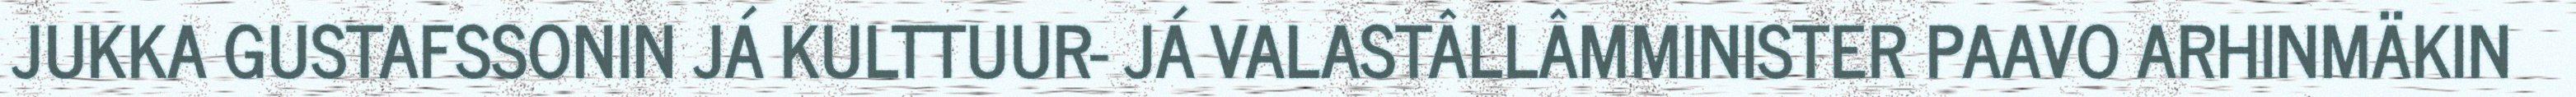
JUKKA GUSTAFSSONIN JÁ KULTTUUR- JÁ VALASTÂLLÂMMINISTER PAAVO ARHINMÄKIN